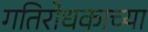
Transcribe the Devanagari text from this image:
गतिरोधकाच्या